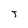
Character: T